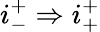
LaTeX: i_{-}^{+}\Rightarrow i_{+}^{+}